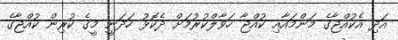
އަދި އެކުއްޖާގެ މަންމައާއި ކުއްޖާ ހަވާލްކުުރުމަށް ދެކޮޅު ހަދަނީ މީގެ ކުރިން ކުއްޖާގެ